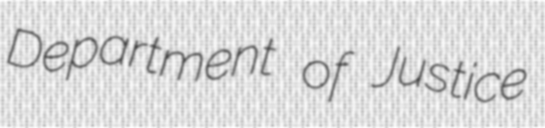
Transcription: Department of Justice